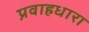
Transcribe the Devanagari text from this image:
प्रवाहधारा